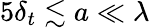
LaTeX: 5\delta_{t}\lesssim a\ll\lambda